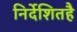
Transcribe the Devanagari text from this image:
निर्देशितहै